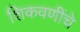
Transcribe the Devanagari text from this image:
शिकवणींचे